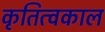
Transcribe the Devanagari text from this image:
कृतित्वकाल